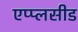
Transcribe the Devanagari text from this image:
एप्प्लसीड